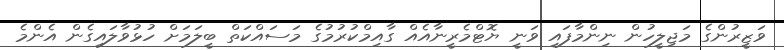
ވަޒީރުންގެ މަޖިލީހުން ނިންމާފައި ވަނީ ޔޮޓްމެރީނާއެއް ގާއިމްކުރުމުގެ މަސައްކަތް ބީލަމަށް ހުޅުވާލައިގެން އެންމެ